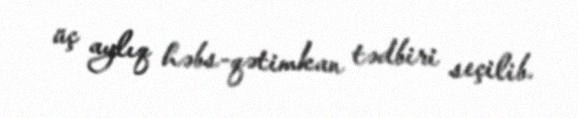
üç aylıq həbs-qətimkan tədbiri seçilib.